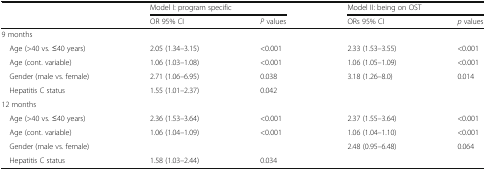
<table><thead><tr><td></td><td colspan="2"><b>Model I: program specific</b></td><td colspan="2"><b>Model II: being on OST</b></td></tr><tr><td></td><td><b>OR 95% CI</b></td><td><b><i>P</i> values</b></td><td><b>ORs 95% CI</b></td><td><b><i>p</i> values</b></td></tr></thead><tbody><tr><td>9 months</td><td></td><td></td><td></td><td></td></tr><tr><td> Age (&gt;40 vs. ≤40 years)</td><td>2.05 (1.34–3.15)</td><td>&lt;0.001</td><td>2.33 (1.53–3.55)</td><td>&lt;0.001</td></tr><tr><td> Age (cont. variable)</td><td>1.06 (1.03–1.08)</td><td>&lt;0.001</td><td>1.06 (1.05–1.09)</td><td>&lt;0.001</td></tr><tr><td> Gender (male vs. female)</td><td>2.71 (1.06–6.95)</td><td>0.038</td><td>3.18 (1.26–8.0)</td><td>0.014</td></tr><tr><td> Hepatitis C status</td><td>1.55 (1.01–2.37)</td><td>0.042</td><td></td><td></td></tr><tr><td>12 months</td><td></td><td></td><td></td><td></td></tr><tr><td> Age (&gt;40 vs. ≤40 years)</td><td>2.36 (1.53–3.64)</td><td>&lt;0.001</td><td>2.37 (1.55–3.64)</td><td>&lt;0.001</td></tr><tr><td> Age (cont. variable)</td><td>1.06 (1.04–1.09)</td><td>&lt;0.001</td><td>1.06 (1.04–1.10)</td><td>&lt;0.001</td></tr><tr><td> Gender (male vs. female)</td><td></td><td></td><td>2.48 (0.95–6.48)</td><td>0.064</td></tr><tr><td> Hepatitis C status</td><td>1.58 (1.03–2.44)</td><td>0.034</td><td></td><td></td></tr></tbody></table>